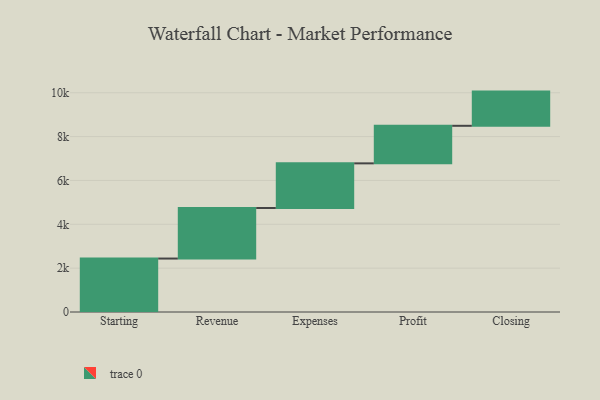
{"axis": {"x": "Step", "y": "Value"}, "legend": [""], "data": [{"x": "Starting", "y": 2438.0, "type": ""}, {"x": "Revenue", "y": 2305.0, "type": ""}, {"x": "Expenses", "y": 2037.0, "type": ""}, {"x": "Profit", "y": 1713.0, "type": ""}, {"x": "Closing", "y": 1560.0, "type": ""}]}